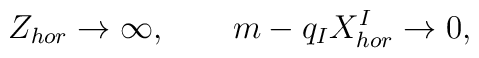
Z_{hor} \to \infty, \qquad m - q_IX^I_{hor} \to 0,